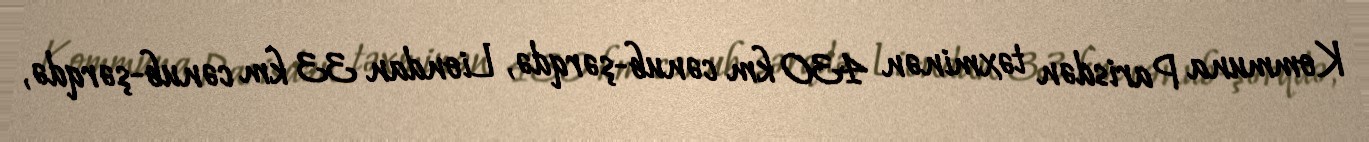
Kommuna Parisdən təxminən 430 km cənub-şərqdə, Liondan 33 km cənub-şərqdə,